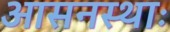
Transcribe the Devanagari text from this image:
आसनस्थाः